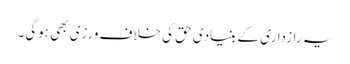
یہ رازداری کے بنیادی حق کی خلاف ورزی بھی ہوگی۔